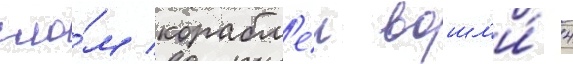
сло́м корабл'еи вошл'и́ 4